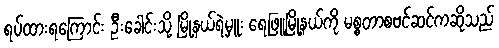
ရပ်ထားရကြောင်း ဦးခေါင်းသို့ မြို့နယ်ရဲမှူး ရေဖြူမြို့နယ်ကို မစ္စတာစဗင်ဆင်ကဆိုသည်